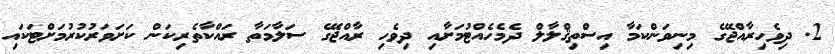
2. ދިވެހިރާއްޖޭގެ މިނިވަންކަމާ އިސްތިޤްލާލް ދެމެހެއްޓުމަށާއި ދިވެހި ރާއްޖޭގެ ސަލާމަތާ ރައްކާތެރިކަން ކަށަވަރުކުރުމަށްޓަކައި